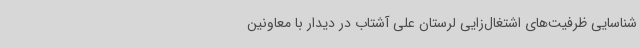
شناسایی ظرفیت‌های اشتغال‌زایی لرستان علی آشتاب در دیدار با معاونین